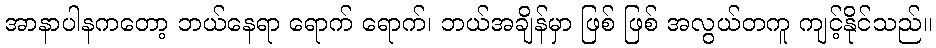
အာနာပါနကတော့ ဘယ်နေရာ ရောက် ရောက်၊ ဘယ်အချိန်မှာ ဖြစ် ဖြစ် အလွယ်တကူ ကျင့်နိုင်သည်။